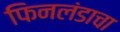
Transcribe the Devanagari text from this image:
फिनलंडाचा